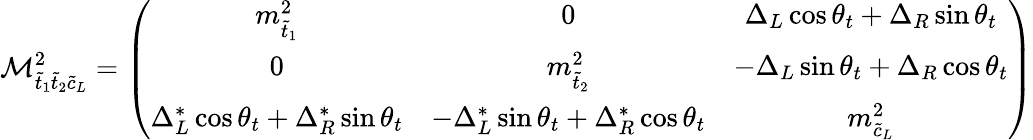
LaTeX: {\cal M}_{\tilde{t}_{1}\tilde{t}_{2}\tilde{c}_{L}}^{2}=\left(\begin{array}{ccc}{{m_{\tilde{t}_{1}}^{2}}}&{{0}}&{{\Delta_{L}\cos\theta_{t}+\Delta_{R}\sin\theta_{t}}}\\ {{0}}&{{m_{\tilde{t}_{2}}^{2}}}&{{-\Delta_{L}\sin\theta_{t}+\Delta_{R}\cos\theta_{t}}}\\ {{\Delta_{L}^{\ast}\cos\theta_{t}+\Delta_{R}^{\ast}\sin\theta_{t}}}&{{-\Delta_{L}^{\ast}\sin\theta_{t}+\Delta_{R}^{\ast}\cos\theta_{t}}}&{{m_{\tilde{c}_{L}}^{2}}}\end{array}\right)